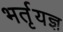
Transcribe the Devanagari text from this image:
भर्तृयज्ञ